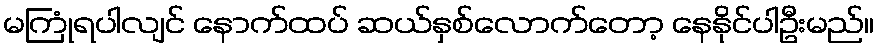
မကြုံရပါလျင် နောက်ထပ် ဆယ်နှစ်လောက်တော့ နေနိုင်ပါဦးမည်။